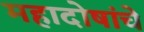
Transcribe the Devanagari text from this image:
महादोषांचे